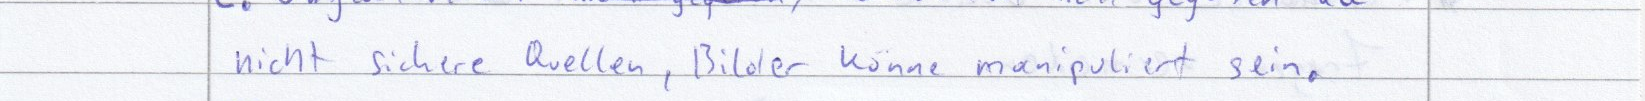
nicht sichere Quellen, Bilder können manipuliert sein.